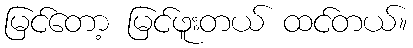
မြင်တော့ မြင်ဖူးတယ် ထင်တယ်။